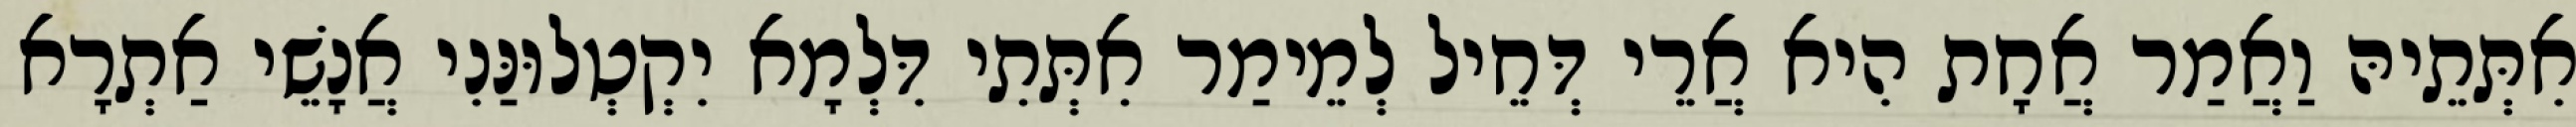
אִתְּתֵיהּ וַאֲמַר אֲחָת הִיא אֲרֵי דְּחֵיל לְמֵימַר אִתְּתִי דִּלְמָא יִקְטְלוּנַּנִי אֲנָשֵׁי אַתְרָא